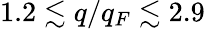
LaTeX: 1.2\lesssim q/q_{F}\lesssim 2.9